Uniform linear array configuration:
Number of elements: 4
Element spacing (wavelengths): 0.5
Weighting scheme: binomial
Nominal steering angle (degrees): -60
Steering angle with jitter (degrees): -58.333
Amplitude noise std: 0.05
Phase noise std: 0.05

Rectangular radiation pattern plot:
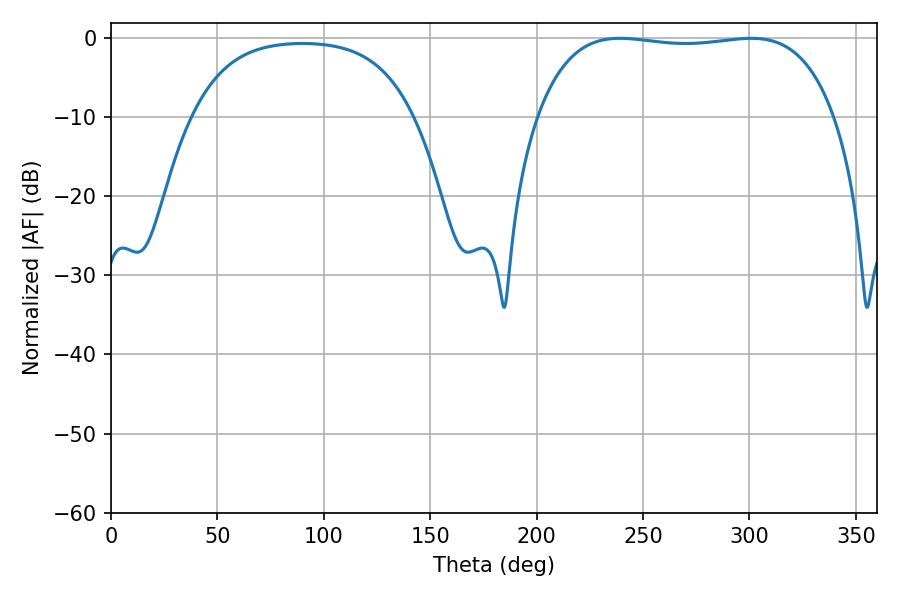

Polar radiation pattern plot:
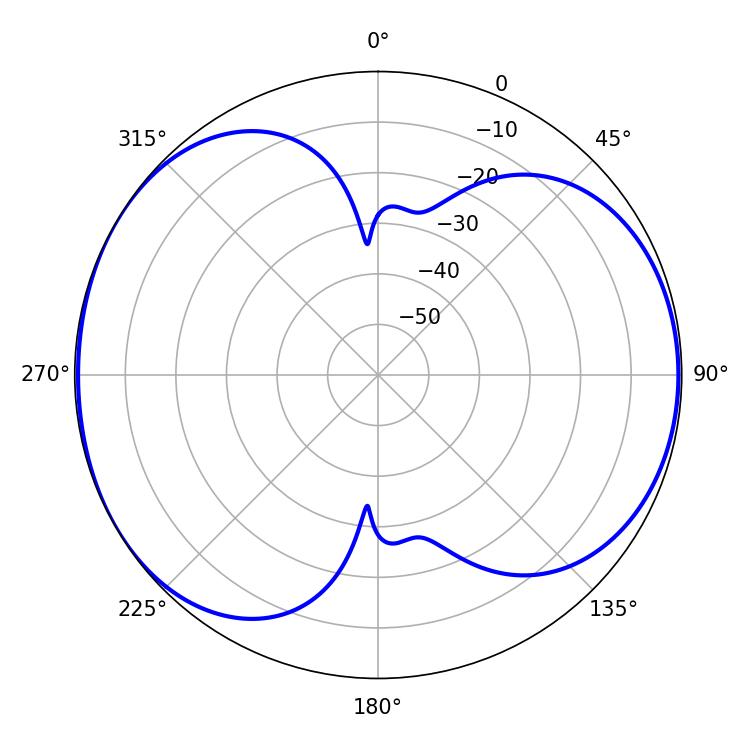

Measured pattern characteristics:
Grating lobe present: FALSE
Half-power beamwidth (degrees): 111.24
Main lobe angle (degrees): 239.04